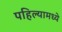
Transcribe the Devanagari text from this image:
पहिल्यामध्ये